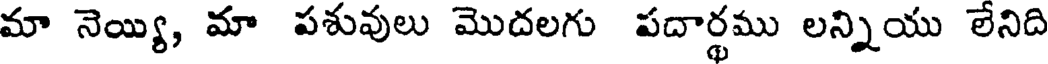
మా నెయ్యి, మా పశువులు మొదలగు పదార్థము లన్నియు లేనిది